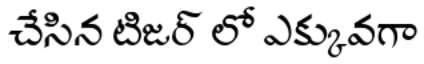
చేసిన టిజర్ లో ఎక్కువగా